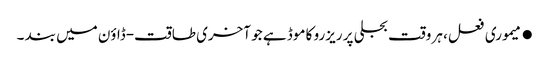
●میموری فعل، ہر وقت بجلی پر ریزرو کا موڈ ہے جو آخری طاقت-ڈاؤن میں بند ۔